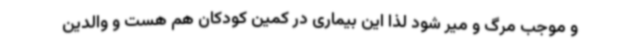
و موجب مرگ و میر شود لذا این بیماری در کمین کودکان هم هست و والدین